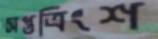
সপ্তত্রিংশ